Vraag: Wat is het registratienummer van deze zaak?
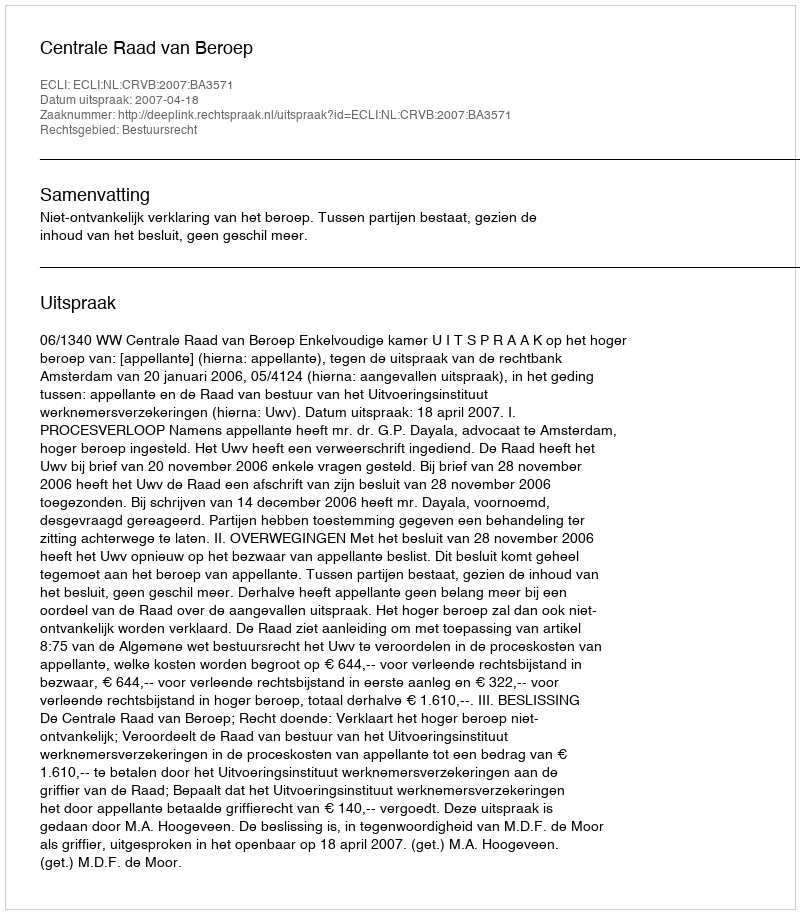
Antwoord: http://deeplink.rechtspraak.nl/uitspraak?id=ECLI:NL:CRVB:2007:BA3571